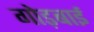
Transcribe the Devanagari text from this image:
गोड़बाई